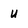
Character: u